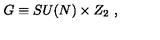
G \equiv S U ( N ) \times Z _ { 2 } \ ,